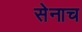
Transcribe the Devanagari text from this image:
सेनाच